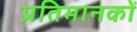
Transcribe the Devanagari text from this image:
प्रतिमानकों